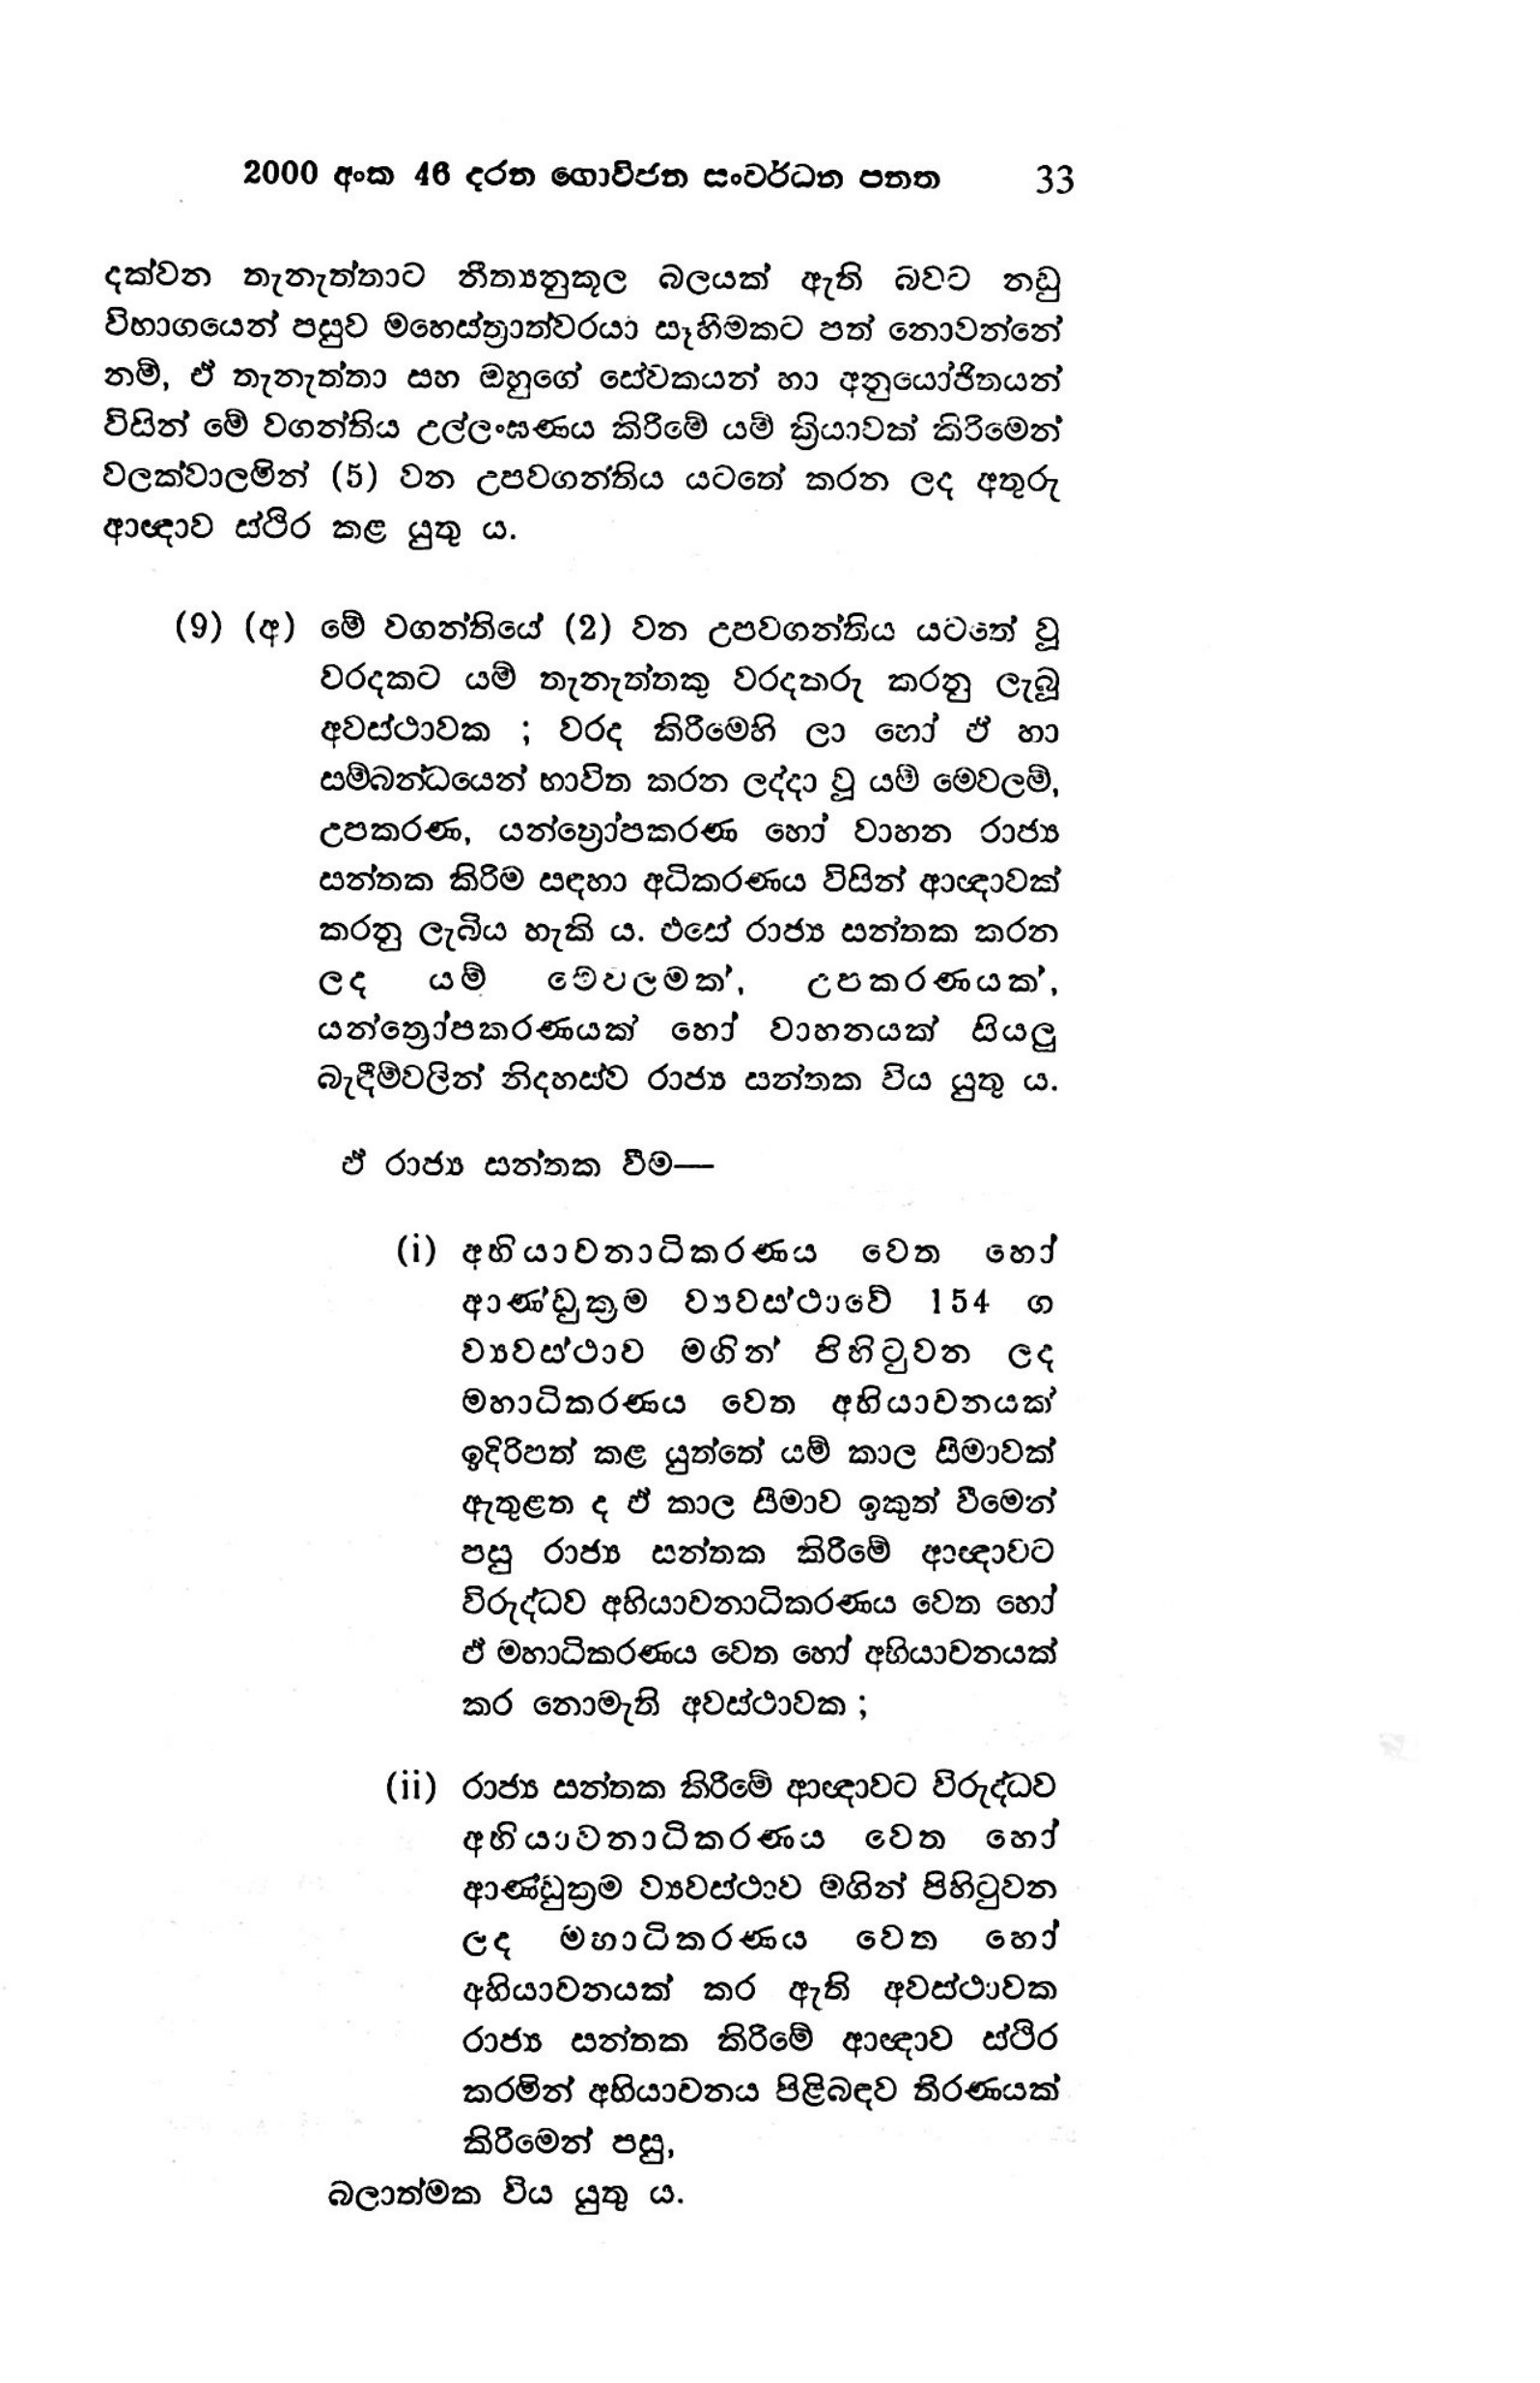
2000 අංක 46 දරන ගොවිජන සංවර්ධන පනත 33

දක්වන තැනැත්තාට නීත්‍යනුකූල බලයක් ඇති බවට නඩු
විභාගයෙන් පසුව මහෙස්ත්‍රාත්වරයා සෑහීමකට පත් නොවන්නේ
නම්, ඒ තැනැත්තා සහ ඔහුගේ සේවකයන් හා අනුයෝජිතයන්
විසින් මේ වගන්තිය උල්ලංඝණය කිරීමේ යම් ක්‍රියාවක් කිරිමෙන්
වලක්වාලමින් (5) වන උපවගන්තිය යටතේ කරන ලද අතුරු
ආඥාව ස්ථිර කළ යුතු ය.

(9) (අ) මේ වගන්තියේ (2) වන උපවගන්තිය යටතේ වූ
වරදකට යම් තැනැත්තකු වරදකරු කරනු ලැබූ
අවස්ථාවක ; වරද කිරීමෙහි ලා හෝ ඒ හා
සම්බන්ධයෙන් භාවිත කරන ලද්දා වූ යම් මෙවලම්,
උපකරණ, යන්ත්‍රෝපකරණ හෝ වාහන රාජ්‍ය
සන්තක කිරීම සඳහා අධිකරණය විසින් ආඥාවක්
කරනු ලැබිය හැකි ය. එසේ රාජ්‍ය සන්තක කරන
ලද යම් මේවලමක්, උපකරණයක්,
යන්ත්‍රෝපකරණයක් හෝ වාහනයක් සියලු
බැඳීම් වලින් නිදහස්ව රාජ්‍ය සන්තක විය යුතු ය.

ඒ රාජ්‍ය සන්තක වීම—

(i) අභියාචනාධිකරණය වෙත හෝ
ආණ්ඩුක්‍රම ව්‍යවස්ථාවේ 154 ග
ව්‍යවස්ථාව මගින් පිහිටුවන ලද
මහාධිකරණය වෙත අභියාචනයක්
ඉදිරිපත් කළ යුත්තේ යම් කාල සීමාවක්
ඇතුළත ද ඵ් කාල සීමාව ඉකුත් වීමෙන්
පසු රාජ්‍ය සන්තක කිරීමේ ආඥාවට
විරුද්ධව අභියාචනාධිකරණය වෙත හෝ
ඒ මහාධිකරණය වෙත හෝ අභියාචනයක්
කර නොමැති අවස්ථාවක ;

(ii) රාජ්‍ය සන්තක කිරීමේ ආඥාවට විරුද්ධව
අභියාචනාධිකරණය වෙත හෝ
ආණ්ඩුක්‍රම ව්‍යවස්ථාව මගින් පිහිටුවන
ලද මහාධිකරණය වෙත හෝ
අභියාචනයක් කර ඇති අවස්ථාවක
රාජ්‍ය සන්තක කිරීමේ ආඥාව ස්ථිර
කරමින් අභියාචනය පිළිබඳව තීරණයක්
කිරීමෙන් පසු,
බලාත්මක විය යුතු ය.